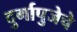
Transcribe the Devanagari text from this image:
दुर्गापुजेचे